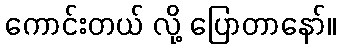
ကောင်းတယ် လို့ ပြောတာနော်။